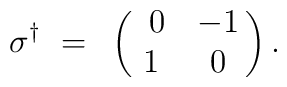
\sigma^\dagger ~=~ \pmatrix{ ~0 & -1\cr                    1 & 0 \cr}.